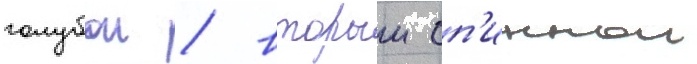
голубои / второи сп'иннои